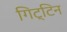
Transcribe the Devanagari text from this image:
गिट्टिन